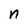
Character: n